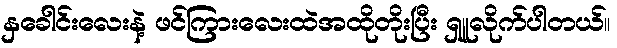
နှခေါင်းလေးနဲ့ ဖင်ကြားလေးထဲအထိုတိုးပြီး ရှူလိုက်ပါတယ်။